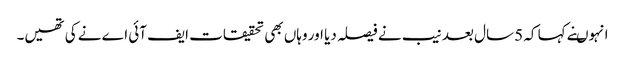
انہوںنے کہا کہ 5 سال بعد نیب نے فیصلہ دیا اور وہاں بھی تحقیقات ایف آئی اے نے کی تھیں۔